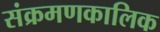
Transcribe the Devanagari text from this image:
संक्रमणकालिक